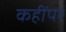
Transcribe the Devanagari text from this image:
कहींपर